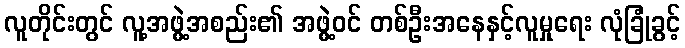
လူတိုင်းတွင် လူ့အဖွဲ့အစည်း၏ အဖွဲ့ဝင် တစ်ဦးအနေနှင့်လူမှုရေး လုံခြုံခွင့်